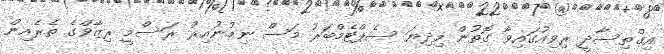
އިގްތިސާދީ ރިވިއުގައިވާ ގޮތުން މިދިޔަ ސެޕްޓެމްބަރު މަސް ނިމުނުއިރު ރަސްމީ ރިޒާވްގެ ތެރެއިން